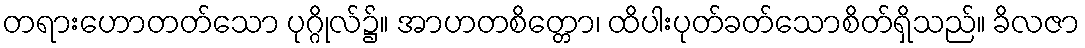
တရားဟောတတ်သော ပုဂ္ဂိုလ်၌။ အာဟတစိတ္တော၊ ထိပါးပုတ်ခတ်သောစိတ်ရှိသည်။ ခိလဇာ